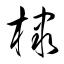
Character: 棣